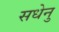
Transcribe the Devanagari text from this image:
सधेनु